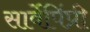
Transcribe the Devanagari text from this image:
सार्वेपिंप्री